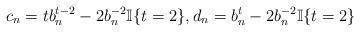
LaTeX: \begin{align*}c_n = tb_n^{t-2}-2b_n^{-2}\mathbb{I}\{t=2\}, d_n= b_n^t-2b_n^{-2}\mathbb{I}\{t=2\}\end{align*}